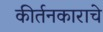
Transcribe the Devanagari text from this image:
कीर्तनकाराचे